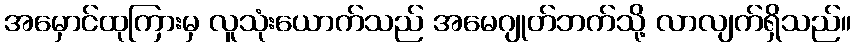
အမှောင်ထုကြားမှ လူသုံးယောက်သည် အမေဂျုတ်ဘက်သို့ လာလျက်ရှိသည်။